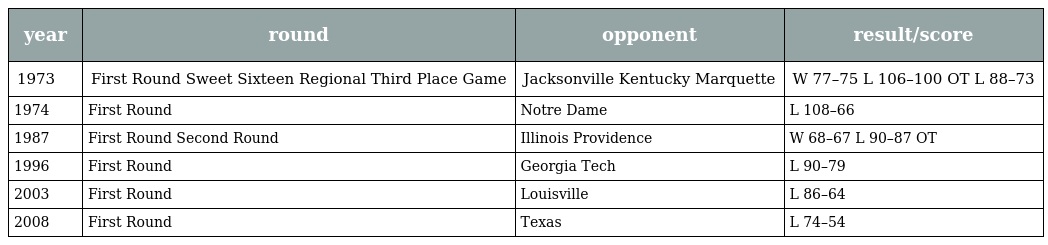
| year | round | opponent | result/score |
 | --- | --- | --- | --- |
 | 1973 | First Round Sweet Sixteen Regional Third Place Game | Jacksonville Kentucky Marquette | W 77–75 L 106–100 OT L 88–73 |
 | 1974 | First Round | Notre Dame | L 108–66 |
 | 1987 | First Round Second Round | Illinois Providence | W 68–67 L 90–87 OT |
 | 1996 | First Round | Georgia Tech | L 90–79 |
 | 2003 | First Round | Louisville | L 86–64 |
 | 2008 | First Round | Texas | L 74–54 |